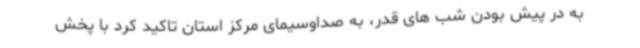
به در پیش بودن شب های قدر، به صداوسیمای مرکز استان تاکید کرد با پخش